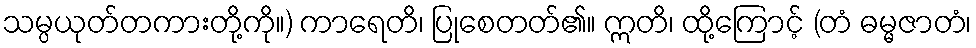
သမ္ပယုတ်တကားတို့ကို။) ကာရေတိ၊ ပြုစေတတ်၏။ ဣတိ၊ ထို့ကြောင့် (တံ ဓမ္မဇာတံ၊